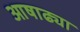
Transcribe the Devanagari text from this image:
आषाढ्या